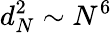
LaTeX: d_{N}^{2}\sim N^{6}